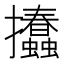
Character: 𢺨